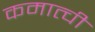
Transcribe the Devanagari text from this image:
कमात्ची